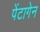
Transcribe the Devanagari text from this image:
पेंटागेन